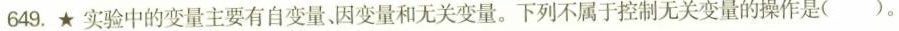
649.★实验中的变量主要有自变量因变量和无关变量。下列不属于控制无关变量的操作是（）。